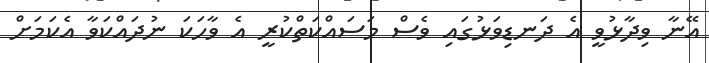
އޭނާ ވިދާޅުވީ އެ ދަނޑިވަޅުގައި ވެސް މަސައްކަތްކުރީ އެ ވާހަކަ ނުދައްކަވާ އެކަމަށް